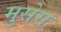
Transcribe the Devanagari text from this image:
मुसेस